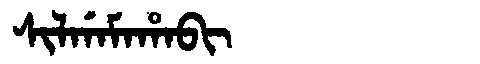
Manchu: ᠰᡳᠯᡤᠠᠮᠠᡥᠠᠪᡳ
Romanization: SILGAMAHABI